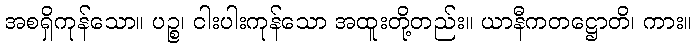
အစရှိကုန်သော။ ပဉ္စ၊ ငါးပါးကုန်သော အထူးတို့တည်း။ ယာနီကတဋ္ဌောတိ၊ ကား။